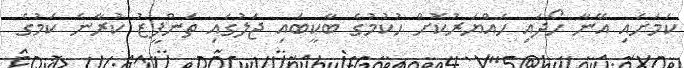
ކަމަށައި އޭނާ ހޯދައި ހައްޔަރުކޮށް ހުކުމުގެ ބާކީބައި ޖަލުގައި ތަންފީޒު ކުރާނެ ކަމުގެ